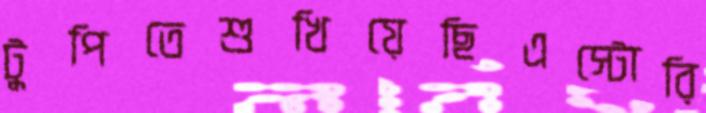
টুপিতেশুখিয়েছিএস্টোরি